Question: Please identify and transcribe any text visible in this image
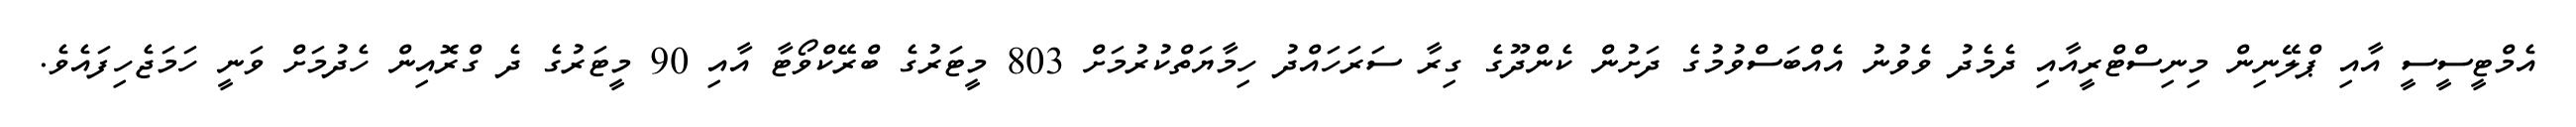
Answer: އެމްޓީސީސީ އާއި ޕްލޭނިން މިނިސްޓްރީއާއި ދެމެދު ވެވުނު އެއްބަސްވުމުގެ ދަށުން ކެންދޫގެ ގިރާ ސަރަހައްދު ހިމާޔަތްކުރުމަށް 803 މީޓަރުގެ ބްރޭކްވޯޓާ އާއި 90 މީޓަރުގެ ދެ ގްރޮއިން ހެދުމަށް ވަނީ ހަމަޖެހިފައެވެ.